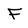
Character: F